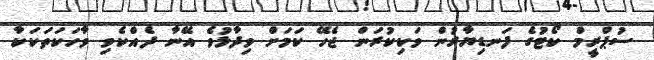
ސުޕްރީމް ކޯޓުގެ ފަނޑިޔާރުން ވަކިކުރަން ޖެހޭ ކަމަށް ވިދާޅުވެ އޭނާ ދެއްކެވި ވާހަކަތަކަކާ